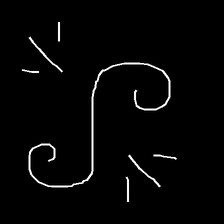
Glyph: wind-directs-air